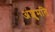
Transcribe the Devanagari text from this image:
अंशुमति